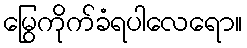
မြွေကိုက်ခံရပါလေရော။